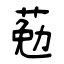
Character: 葂